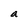
Character: a